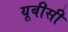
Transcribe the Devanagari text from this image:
यूबीसी